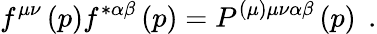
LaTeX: f^{\mu\nu}\left(p\right)f^{*\alpha\beta}\left(p\right)=P^{(\mu)\mu\nu\alpha\beta}\left(p\right)\; \, .